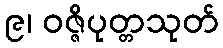
၉၊ ဝဇ္ဇိပုတ္တသုတ်